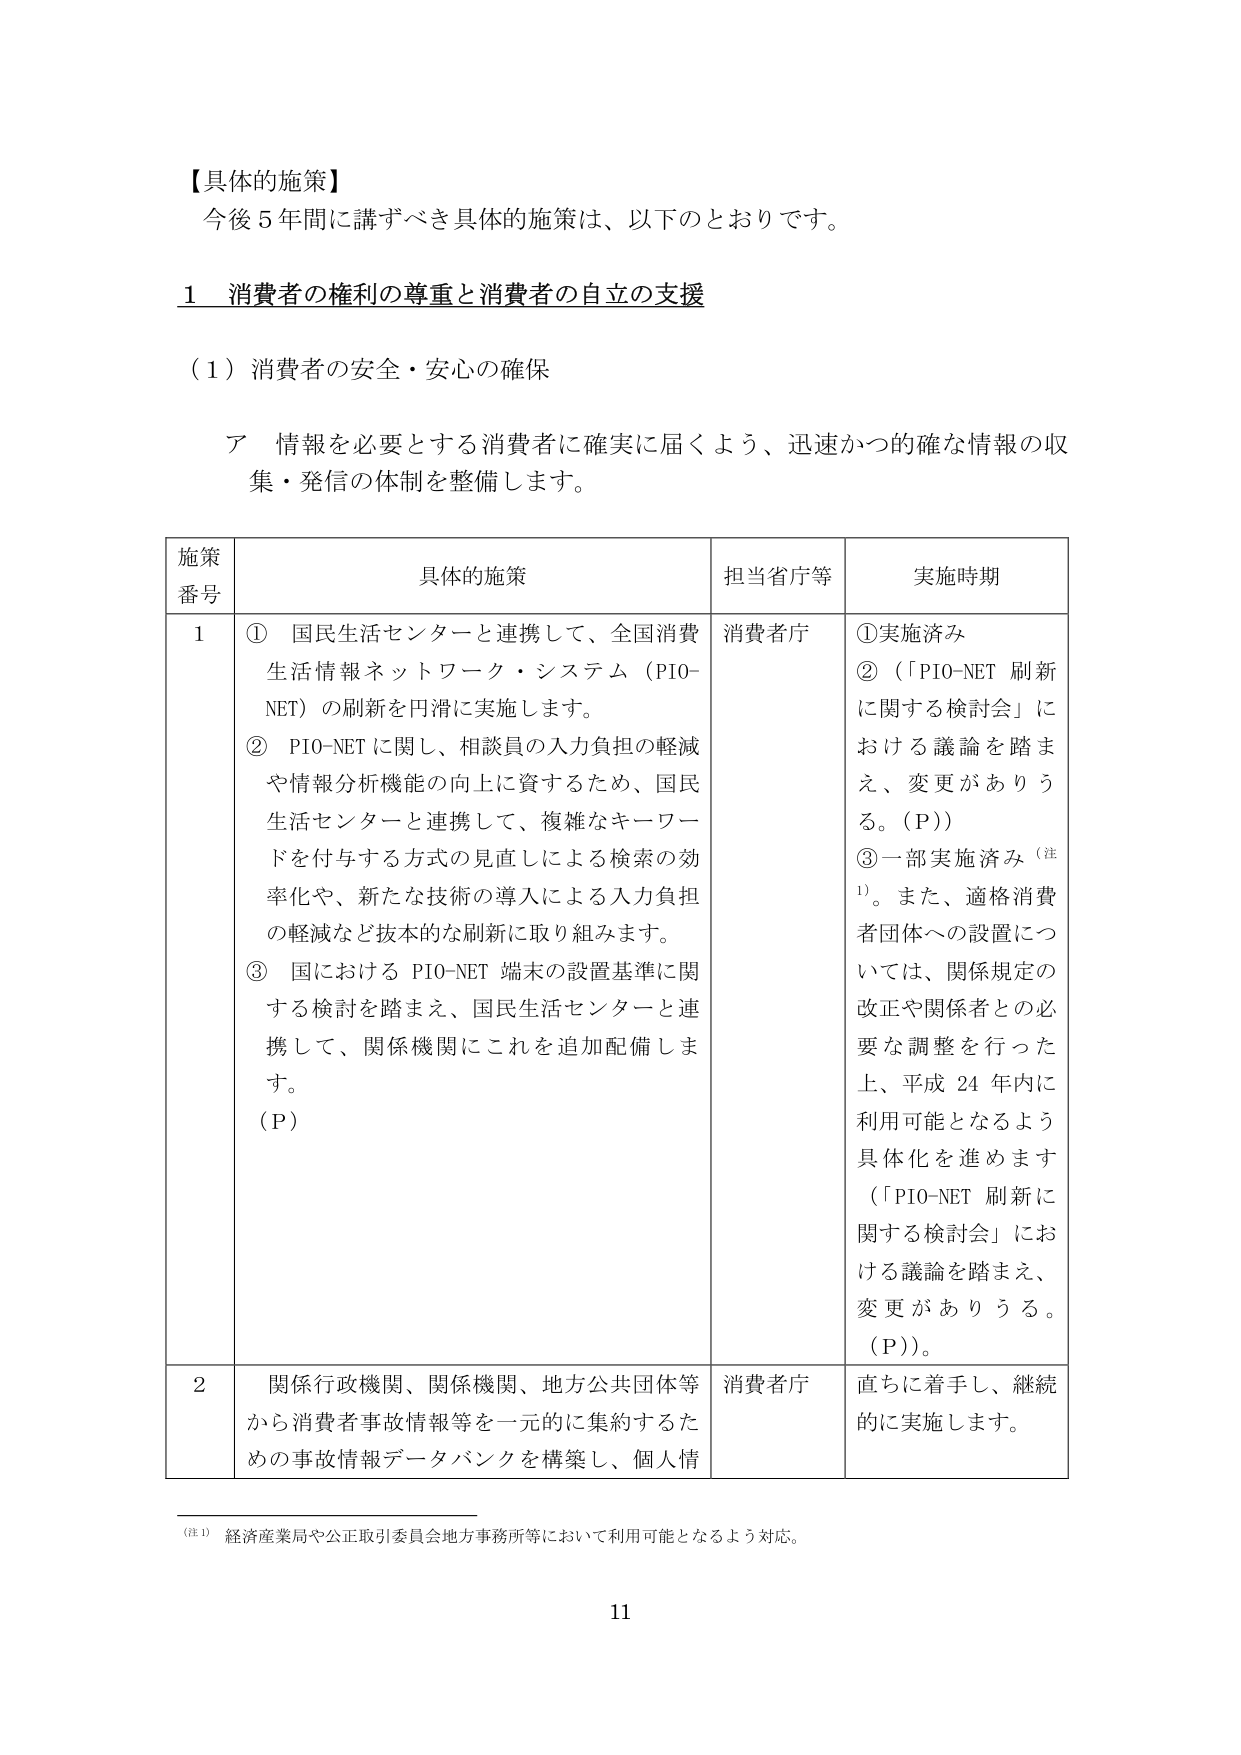
【具体的施策】
今後５年間に講ずべき具体的施策は、以下のとおりです。

１ 消費者の権利の尊重と消費者の自立の支援

（１）消費者の安全・安心の確保

ア 情報を必要とする消費者に確実に届くよう、迅速かつ的確な情報の収集・発信の体制を整備します。

| 施策番号 | 具体的施策 | 担当省庁等 | 実施時期 |
|----------|------------|------------|----------|
| 1 | ① 国民生活センターと連携して、全国消費生活情報ネットワーク・システム（PIO-NET）の刷新を円滑に実施します。<br>② PIO-NET に関し、相談員の入力負担の軽減や情報分析機能の向上に資するため、国民生活センターと連携して、複雑なキーワードを付与する方式の見直しによる検索の効率化や、新たな技術の導入による入力負担の軽減など抜本的な刷新に取り組みます。<br>③ 国における PIO-NET 端末の設置基準に関する検討を踏まえ、国民生活センターと連携して、関係機関にこれを追加配備します。<br>（Ｐ） | 消費者庁 | ①実施済み<br>②（「PIO-NET 刷新に関する検討会」における議論を踏まえ、変更がありうる。（Ｐ））<br>③一部実施済み（注1）。また、適格消費者団体への設置については、関係規定の改正や関係者との必要な調整を行った上、平成24年内に利用可能となるよう具体化を進めます（「PIO-NET 刷新に関する検討会」における議論を踏まえ、変更がありうる。（Ｐ））。 |
| 2 | 関係行政機関、関係機関、地方公共団体等から消費者事故情報等を一元的に集約するための事故情報データバンクを構築し、個人情 | 消費者庁 | 直ちに着手し、継続的に実施します。 |

（注1） 経済産業局や公正取引委員会地方事務所等において利用可能となるよう対応。

11